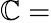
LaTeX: \mathbb{C}=